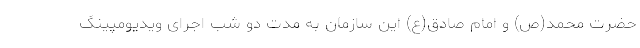
حضرت محمد(ص) و امام صادق(ع) این سازمان به مدت دو شب اجرای ویدیومپینگ